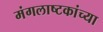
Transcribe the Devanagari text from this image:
मंगलाष्टकांच्या